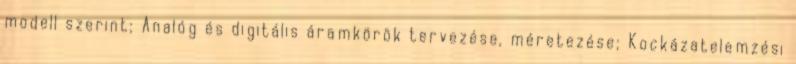
modell szerint; Analóg és digitális áramkörök tervezése, méretezése; Kockázatelemzési